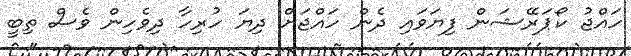
ހައްޖު ކޯޕަރޭޝަން ފިޔަވައި ދެން ހައްޖަށް ދިޔަ ހުރިހާ ދިވެހިން ވެސް ތިބީ